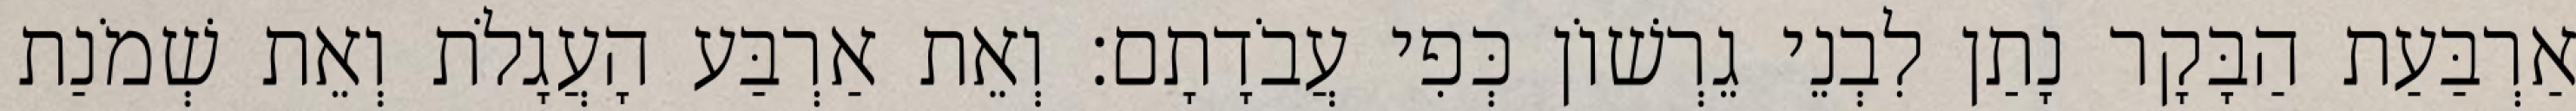
אַרְבַּעַת הַבָּקָר נָתַן לִבְנֵי גֵרְשׁוֹן כְּפִי עֲבֹדָתָם׃ וְאֵת אַרְבַּע הָעֲגָלֹת וְאֵת שְׁמֹנַת